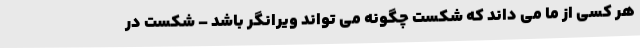
هر کسی از ما می داند که شکست چگونه می تواند ویرانگر باشد – شکست در